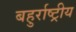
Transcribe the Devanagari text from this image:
बहुर्राष्ट्रीय